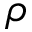
\rho